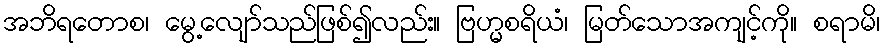
အဘိရတောစ၊ မွေ့လျော်သည်ဖြစ်၍လည်း။ ဗြဟ္မစရိယံ၊ မြတ်သောအကျင့်ကို။ စရာမိ၊